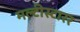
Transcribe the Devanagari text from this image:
मल्टीस्टारर